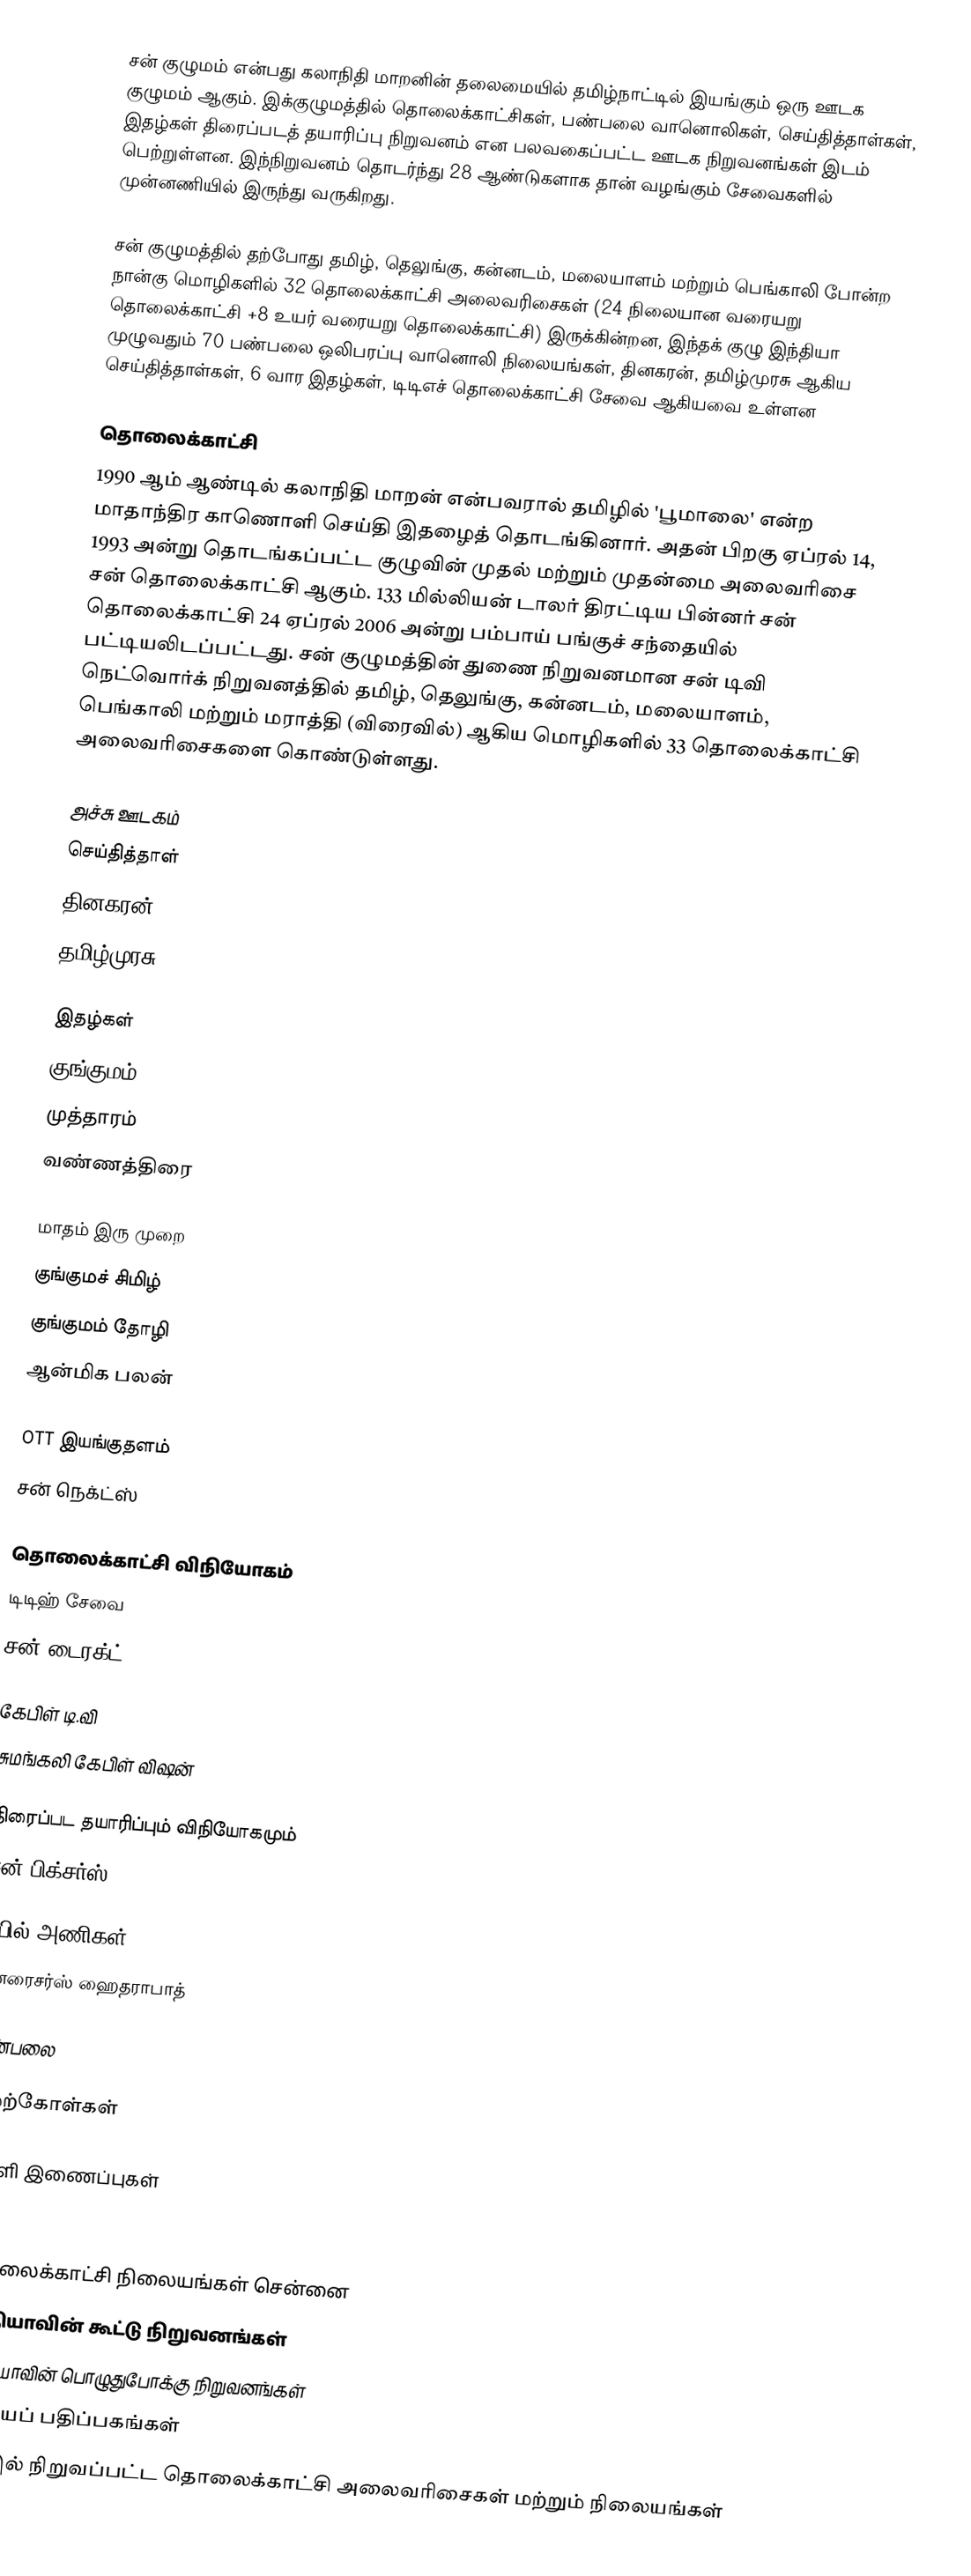
சன் குழுமம் என்பது கலாநிதி மாறனின் தலைமையில் தமிழ்நாட்டில்  இயங்கும் ஒரு ஊடக குழுமம் ஆகும். இக்குழுமத்தில் தொலைக்காட்சிகள், பண்பலை வானொலிகள், செய்தித்தாள்கள், இதழ்கள் திரைப்படத் தயாரிப்பு நிறுவனம் என பலவகைப்பட்ட ஊடக நிறுவனங்கள் இடம் பெற்றுள்ளன. இந்நிறுவனம் தொடர்ந்து 28 ஆண்டுகளாக தான் வழங்கும் சேவைகளில் முன்னணியில் இருந்து வருகிறது.

சன் குழுமத்தில் தற்போது தமிழ், தெலுங்கு, கன்னடம், மலையாளம் மற்றும் பெங்காலி போன்ற நான்கு மொழிகளில் 32 தொலைக்காட்சி அலைவரிசைகள் (24 நிலையான வரையறு தொலைக்காட்சி +8 உயர் வரையறு தொலைக்காட்சி) இருக்கின்றன, இந்தக் குழு இந்தியா முழுவதும் 70 பண்பலை ஒலிபரப்பு வானொலி நிலையங்கள், தினகரன், தமிழ்முரசு ஆகிய செய்தித்தாள்கள், 6 வார இதழ்கள், டிடிஎச் தொலைக்காட்சி சேவை ஆகியவை உள்ளன

தொலைக்காட்சி
1990 ஆம் ஆண்டில் கலாநிதி மாறன் என்பவரால் தமிழில் 'பூமாலை' என்ற மாதாந்திர காணொளி செய்தி இதழைத் தொடங்கினார். அதன் பிறகு ஏப்ரல் 14, 1993 அன்று தொடங்கப்பட்ட குழுவின் முதல் மற்றும் முதன்மை அலைவரிசை சன் தொலைக்காட்சி ஆகும். 133 மில்லியன் டாலர் திரட்டிய பின்னர் சன் தொலைக்காட்சி 24 ஏப்ரல் 2006 அன்று பம்பாய் பங்குச் சந்தையில் பட்டியலிடப்பட்டது. சன் குழுமத்தின் துணை நிறுவனமான சன் டிவி நெட்வொர்க் நிறுவனத்தில் தமிழ், தெலுங்கு, கன்னடம், மலையாளம், பெங்காலி மற்றும் மராத்தி (விரைவில்) ஆகிய மொழிகளில் 33 தொலைக்காட்சி அலைவரிசைகளை கொண்டுள்ளது.

அச்சு ஊடகம்
செய்தித்தாள்
 தினகரன்
 தமிழ்முரசு

இதழ்கள்
 குங்குமம்
 முத்தாரம்
 வண்ணத்திரை

மாதம் இரு முறை
 குங்குமச் சிமிழ்
 குங்குமம் தோழி
 ஆன்மிக பலன்

OTT இயங்குதளம்
 சன் நெக்ட்ஸ்

தொலைக்காட்சி விநியோகம்
டிடிஹ் சேவை
 சன் டைரக்ட்

கேபிள் டி.வி
 சுமங்கலி கேபிள் விஷன்

திரைப்பட தயாரிப்பும் விநியோகமும்
 சன் பிக்சர்ஸ்

ஐபில் அணிகள்
 சன்ரைசர்ஸ் ஹைதராபாத்

பண்பலை

மேற்கோள்கள்

வெளி இணைப்புகள்

தொலைக்காட்சி நிலையங்கள் சென்னை
இந்தியாவின் கூட்டு நிறுவனங்கள்
இந்தியாவின் பொழுதுபோக்கு நிறுவனங்கள்
இந்தியப் பதிப்பகங்கள்
1993 இல் நிறுவப்பட்ட தொலைக்காட்சி அலைவரிசைகள் மற்றும் நிலையங்கள்